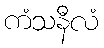
ကံသနီလံ